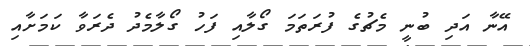
އޭނާ އަދި ބުނީ މެޗުގެ ފުރަތަމަ ގޯލާއި ފަހު ގޯލާމެދު ދެރަވާ ކަމަށާއި